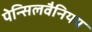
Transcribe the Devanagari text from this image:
पेन्सिलवैनियय